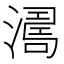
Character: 𣾭